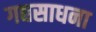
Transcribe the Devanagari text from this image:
गद्यसाधना